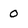
Character: 0